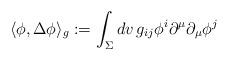
LaTeX: \begin{align*} \langle \phi , \Delta \phi \rangle_g := \int_\Sigma dv \, g_{ij}\phi^i \partial^\mu \partial_\mu \phi^j \end{align*}